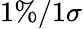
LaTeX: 1\% /1\sigma